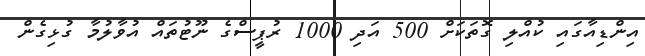
އިންޑިއާގައި ކުއްލި ގޮތަކަށް 500 އަދި 1000 ރުޕީސްގެ ނޫޓުތައް އުވާލުމާ ގުޅިގެން